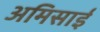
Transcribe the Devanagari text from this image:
अमिसाई